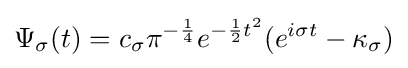
\Psi _{\sigma }(t)=c_{\sigma }\pi ^{-{\frac {1}{4}}}e^{-{\frac {1}{2}}t^{2}}(e^{i\sigma t}-\kappa _{\sigma })